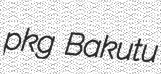
pkg Bakutu